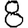
Digit: 8